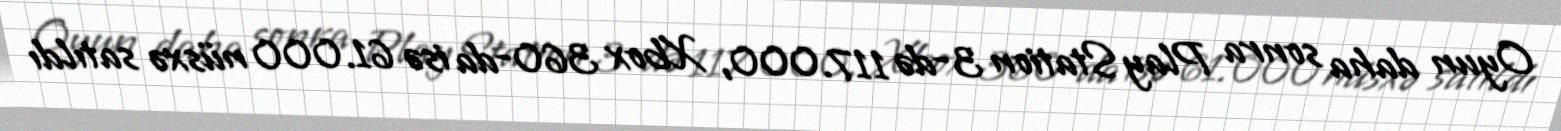
Oyun daha sonra PlayStation 3-də 117.000, Xbox 360-da isə 61.000 nüsxə satıldı